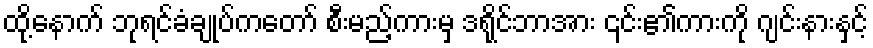
ထို့နောက် ဘုရင်ခံချုပ်ကတော် စီးမည့်ကားမှ ဒရိုင်ဘာအား ၎င်း၏ကားကို ဂျင်းနားနှင့်